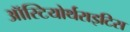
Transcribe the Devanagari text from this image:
ऑस्टियोर्थराइटिस